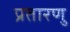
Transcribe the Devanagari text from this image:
प्रतारणु